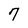
Character: 7